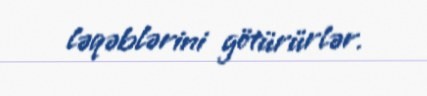
ləqəblərini götürürlər.